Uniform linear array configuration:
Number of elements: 16
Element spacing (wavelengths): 1
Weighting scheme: binomial
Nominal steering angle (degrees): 30
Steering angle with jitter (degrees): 30.604
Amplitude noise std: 0.05
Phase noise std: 0.05

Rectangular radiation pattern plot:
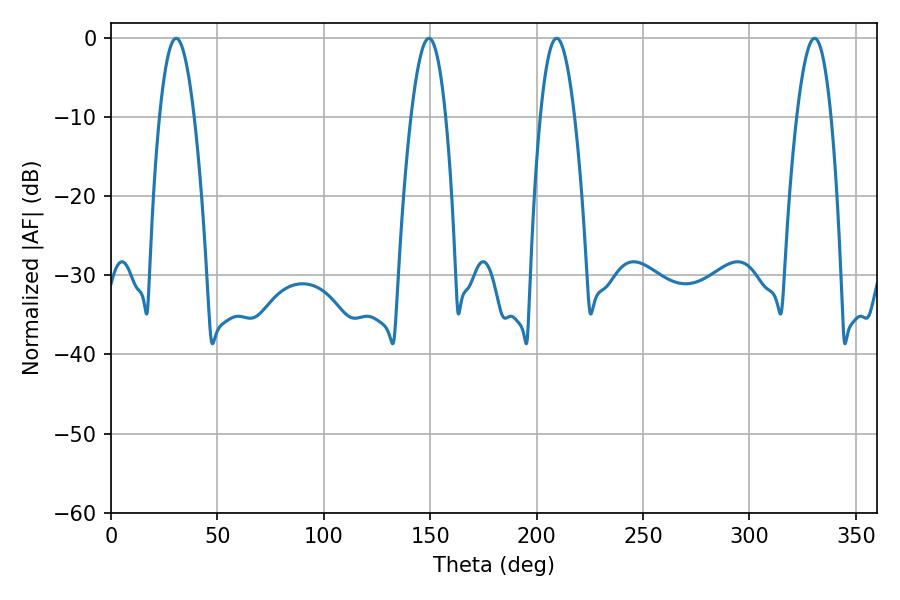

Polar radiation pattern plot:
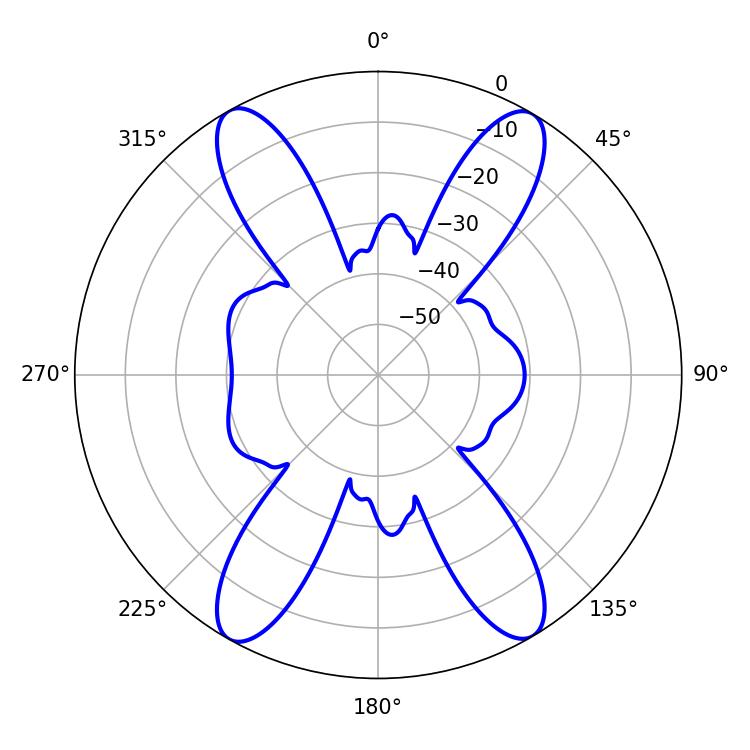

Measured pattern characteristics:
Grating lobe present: TRUE
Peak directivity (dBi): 24.483
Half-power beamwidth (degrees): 8.82
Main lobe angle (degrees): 30.6